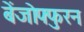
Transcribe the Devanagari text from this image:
बेंजोफ्फुरन